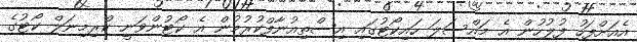
އެއަށްފަހު ފުލުހުން އެ މައްސަލަ ހައިކޯޓުގައި އިސްތިއުނާފްކުރުމުން އެ ކޯޓުންވަނީ ކްރިމިނަލް ކޯޓުގެ